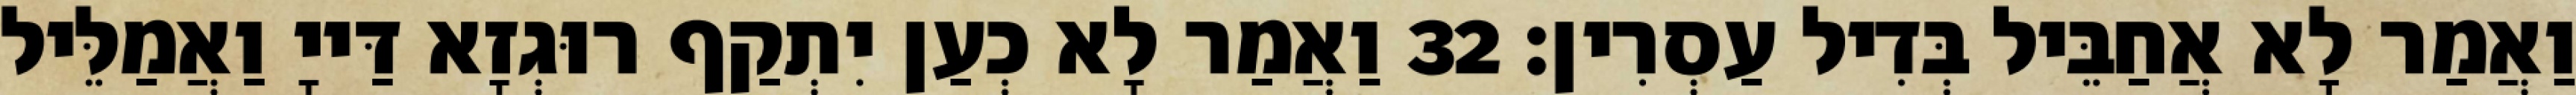
וַאֲמַר לָא אֲחַבֵּיל בְּדִיל עַסְרִין׃ 32 וַאֲמַר לָא כְעַן יִתְקַף רוּגְזָא דַּייָ וַאֲמַלֵּיל